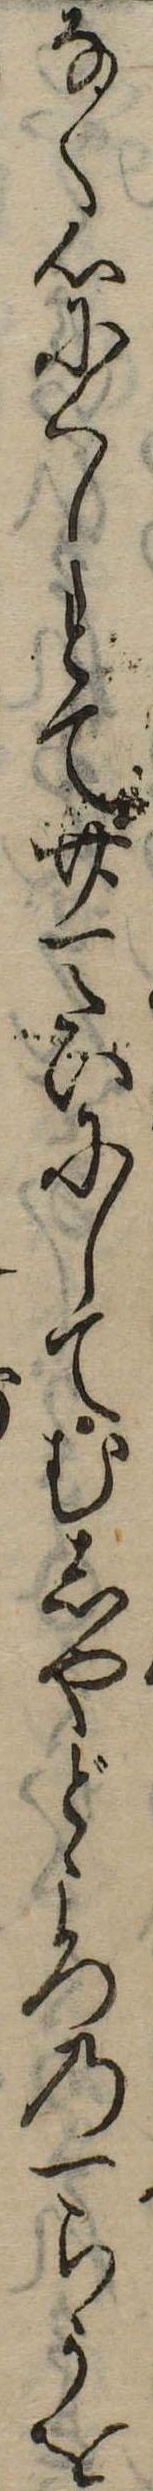
なく心にくしとて廿一たいにしてむしやどころの一らうを